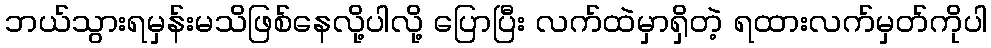
ဘယ်သွားရမှန်းမသိဖြစ်နေလို့ပါလို့ ပြောပြီး လက်ထဲမှာရှိတဲ့ ရထားလက်မှတ်ကိုပါ